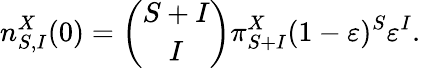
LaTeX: n_{S,I}^{X}(0)=\binom{S+I}{I}\pi_{S+I}^{X}(1-\varepsilon)^{S}\varepsilon^{I}.